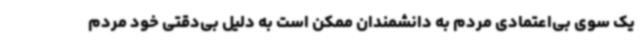
یک سوی بی‌اعتمادی مردم به دانشمندان ممکن است به دلیل بی‌دقتی خود مردم